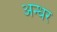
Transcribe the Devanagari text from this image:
अन्धर